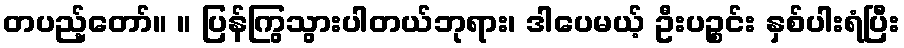
တပည့်တော်။ ။ ပြန်ကြွသွားပါတယ်ဘုရား၊ ဒါပေမယ့် ဦးပဉ္စင်း နှစ်ပါးရံပြီး